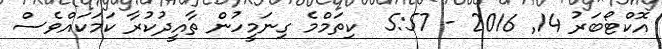
އޮކްޓޯބަރު 14